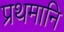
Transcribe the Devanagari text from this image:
प्रथमानि